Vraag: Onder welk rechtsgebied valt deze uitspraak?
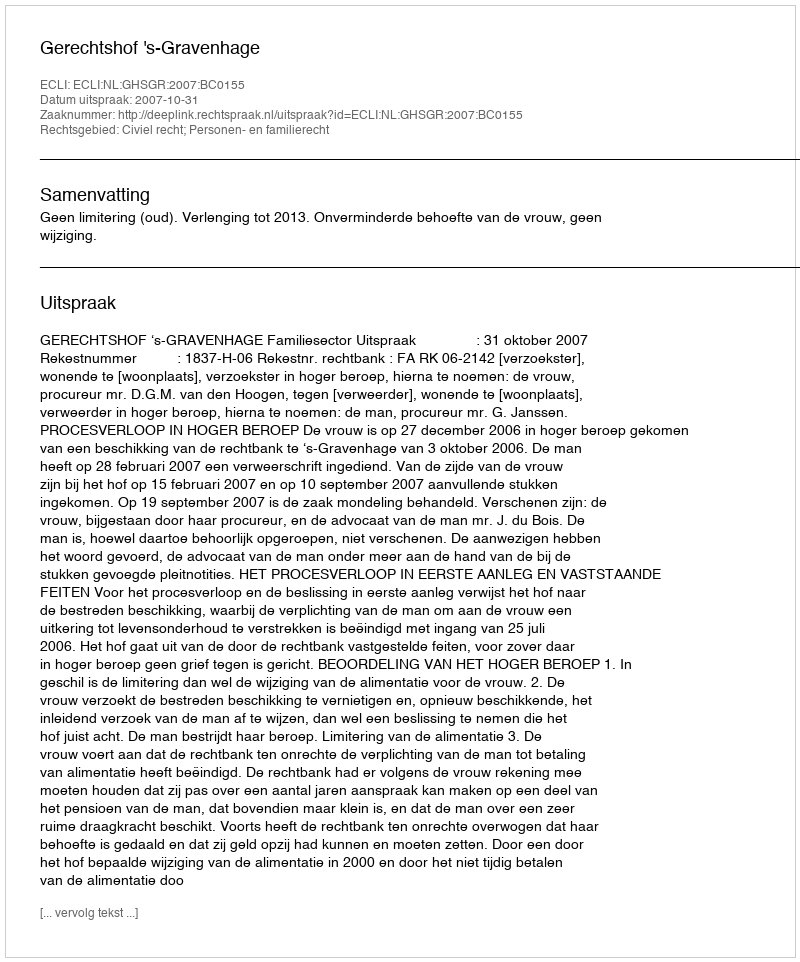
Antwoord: Civiel recht; Personen- en familierecht